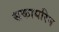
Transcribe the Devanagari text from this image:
सकायरिम